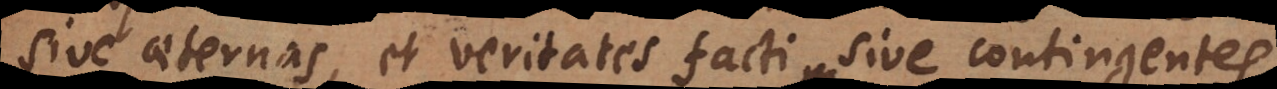
sive aeternas, et veritates facti sive contingentes